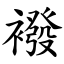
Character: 襏